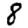
Digit: 8